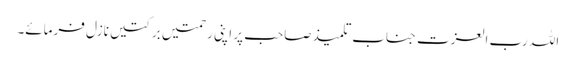
اللہ رب العزت جناب تلمیذ صاحب پر اپنی رحمتیں برکتیں نازل فرمائے۔